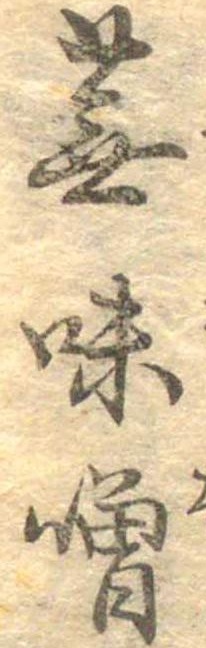
蕪味噌